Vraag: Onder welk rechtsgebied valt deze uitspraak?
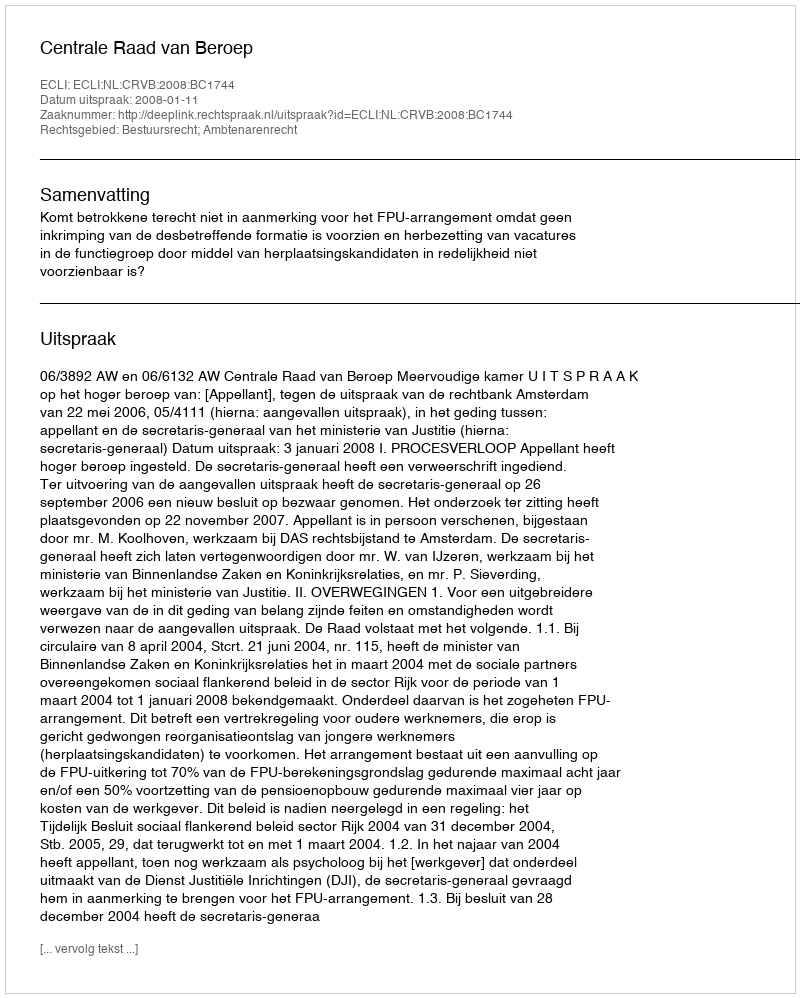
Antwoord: Bestuursrecht; Ambtenarenrecht